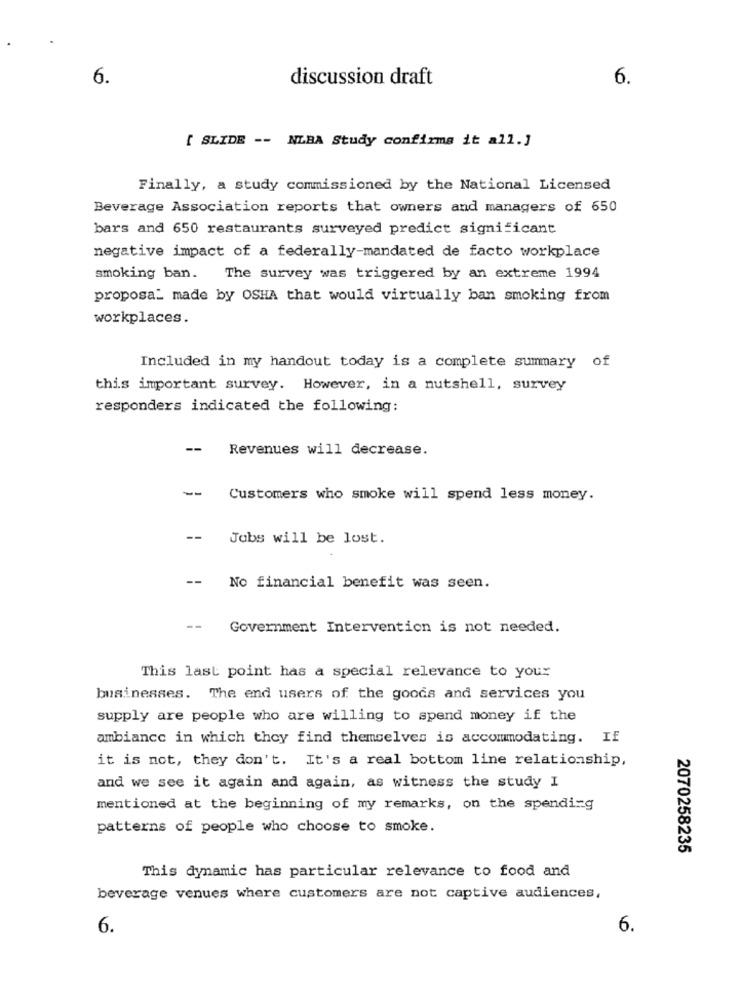
6.
discussion draft
6.
[ SLIDE -- NLBA Study confirms it all.]
Finally, a study commissioned by the National Licensed
Beverage Association reports that owners and managers of 650
bars and 650 restaurants surveyed predict significant
negative impact of a federally-mandated de facto workplace
smoking ban. The survey was triggered by an extreme 1994
proposa_ made by OSHA that would virtually ban smoking from
workplaces.
Included in my handout today is a complete summary of
this important survey. However, in a nutshell, survey
responders indicated the following:
--
Revenues will decrease.
--
Customers who smoke will spend less money.
--
Jobs will be lost.
--
No financial benefit was seen.
--
Government Intervention is not needed.
This last point has a special relevance to your
businesses. The end users of the goods and services you
supply are people who are willing to spend money if the
ambiance in which they find themselves is accommodating. If
it is not, they don't. It's a real bottom line relationship,
and we see it again and again, as witness the study I
mentioned at the beginning of my remarks, on the spending
patterns of people who choose to smoke.
2070258235
This dynamic has particular relevance to food and
beverage venues where customers are not captive audiences,
6.
6.